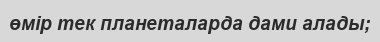
өмір тек планеталарда дами алады;